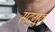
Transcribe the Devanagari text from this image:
सद्‍गुरु